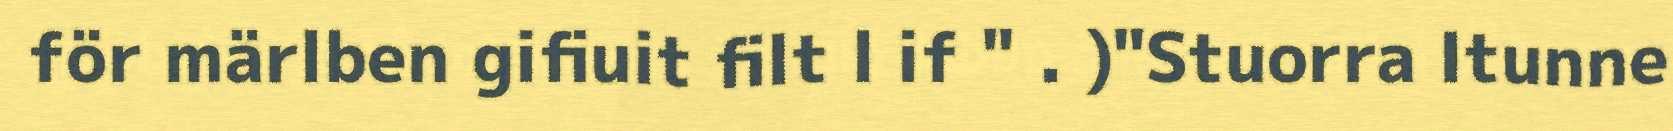
för märlben gifiuit filt l if " . )"Stuorra Itunne